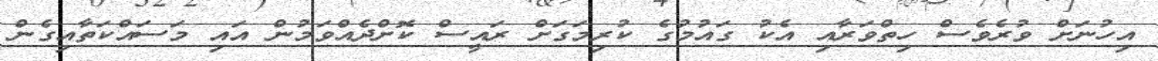
އިހުނަށް ވުރެވެސް ހިތްވަރާއި އެކު ގައުމުގެ ކުރިމަގަށް ރައީސް ކޮށްދެއްވަމުން އައި މަސައްކަތާއިގެން